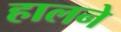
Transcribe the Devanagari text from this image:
हालने